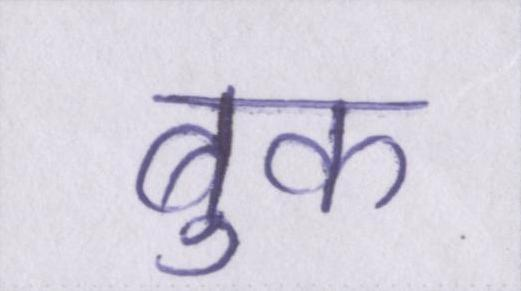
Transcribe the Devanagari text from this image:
बुक